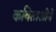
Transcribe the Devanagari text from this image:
कविताओमें